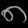
Digit: ၈